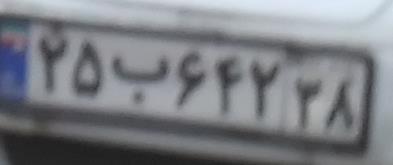
۴۵ب۶۴۲۳۸